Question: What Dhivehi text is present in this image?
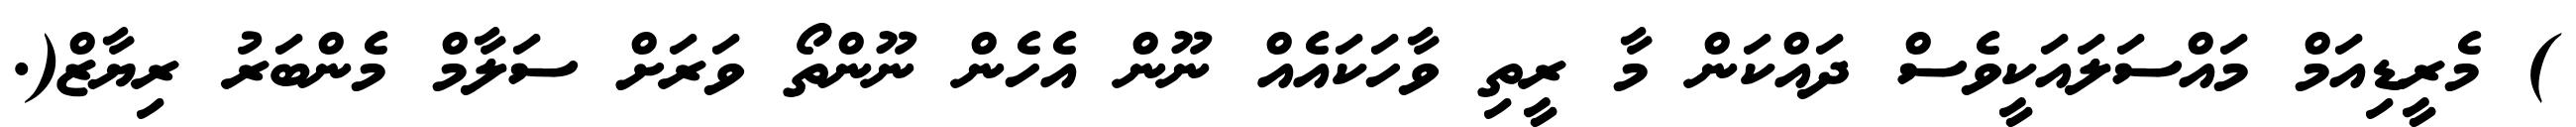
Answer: ) މެރީޑިއަމް މައްސަލައަކީވެސް ދައްކަން މާ ރީތި ވާހަކައެއް ނޫން އެހެން ނޫންތޯ ވަރަށް ސަލާމް މެންބަރު ރިޔާޒް(.